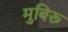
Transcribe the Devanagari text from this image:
मुबिरू